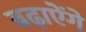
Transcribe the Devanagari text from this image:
बढ़ाऐेंगे